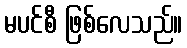
မပင်စီ ဖြစ်လေသည်။